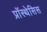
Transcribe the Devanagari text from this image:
प्रॉस्थेसिस